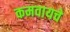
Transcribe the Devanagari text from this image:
कमवायचे